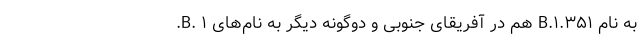
به نام B.۱.۳۵۱ هم در آفریقای جنوبی و دوگونه دیگر به نام‌های B. ۱.